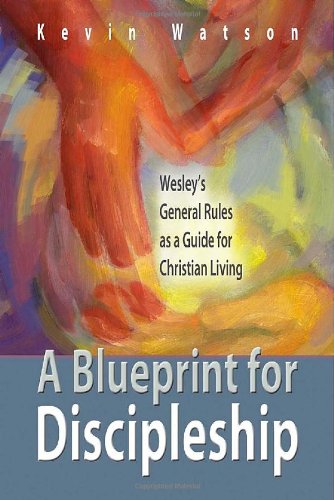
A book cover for A Blueprint for Discipleship: Wesley's General Rules as a Guide for Christian Living; Kevin M. Watson; Christian Books & Bibles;